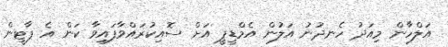
އަލްހާން މިއަދު ހެނދުނު އަލުން އެމްޑީޕީ އަށް ސޮއިކުރައްވާފައިވާ ކަން އެ ޕާޓީން